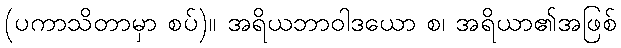
(ပကာသိတာမှာ စပ်)။ အရိယဘာဝါဒယော စ၊ အရိယာ၏အဖြစ်